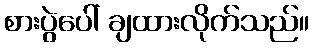
စားပွဲပေါ် ချထားလိုက်သည်။